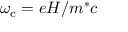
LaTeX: \omega _ { \mathrm { { c } } } = e H / m ^ { * } c